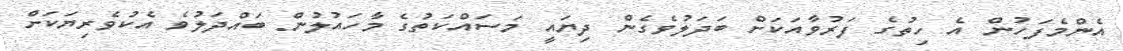
އެންމެފަހުން އެ ހިތުގެ ފަރުވާއަކަށް ބަދަލުވެގެން ދިޔައީ މަސައްކަތުގެ މާހައުލުން ބައްދަލުވެ އެކުވެރިޔަކަށް